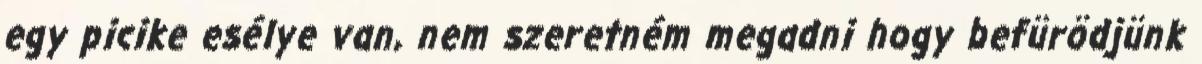
egy picike esélye van, nem szeretném megadni hogy befürödjünk